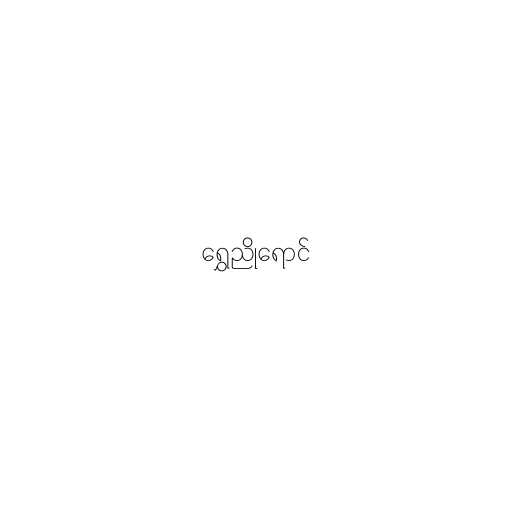
ရွှေညိုရောင်